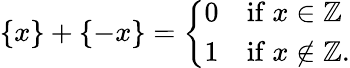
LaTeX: \{ x\} +\{ -x\} ={\left\{ \begin{array}{ll}{0}&{{\mathrm{if~}}x\in\mathbb{Z}}\\ {1}&{{\mathrm{if~}}x\not\in\mathbb{Z}.}\end{array}\right.}